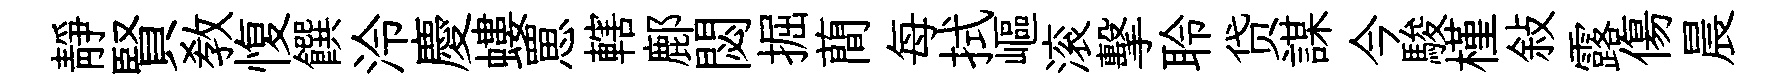
靜賢教愎饌泠慶螻罳轄鄜閟掘蕳每拭嶇滚擊聆贷謀今駿槿敍露傷晨